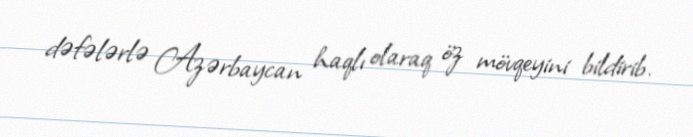
dəfələrlə Azərbaycan haqlı olaraq öz mövqeyini bildirib.